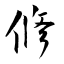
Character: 修